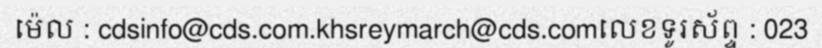
ម៉េល : cdsinfo@cds.com.khsreymarch@cds.comលេខទូរស័ព្ទ : 023